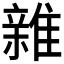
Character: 𮦀